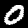
Label: 0